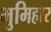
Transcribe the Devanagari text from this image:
भुमिहार